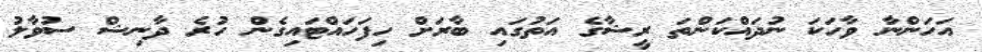
އަހަންނާ ވާހަކަ ނުދައްކަންތަ ރީޝާގެ އަތުގައި ބާރަށް ހިފަހައްޓައިގެން ހުރެ ދާނިޝް ސުވާލު